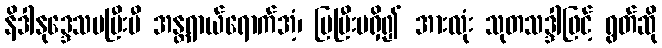
နိဒါနုဒ္ဒေသမပြီးမီ အန္တရာယ်ရောက်အံ့၊ ပြပြီးမရှိ၍ အားလုံး သုတသဒ္ဒါဖြင့် ရွတ်ဆို